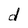
Character: d